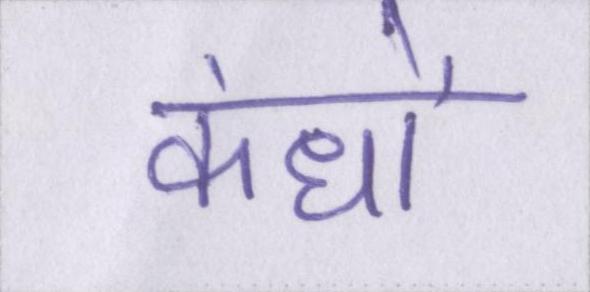
कंधों